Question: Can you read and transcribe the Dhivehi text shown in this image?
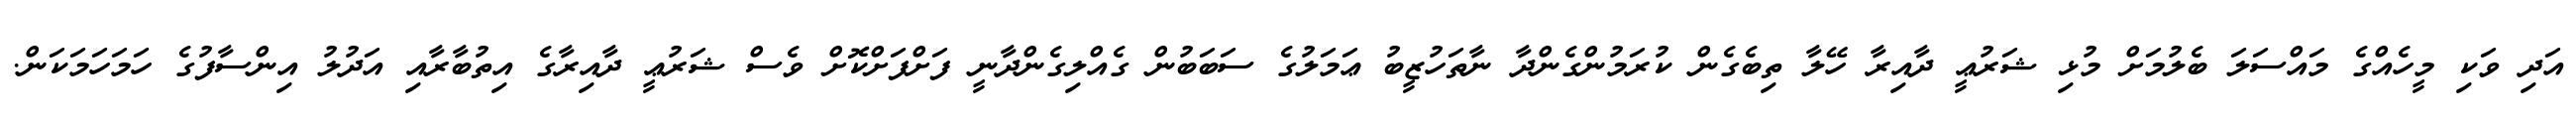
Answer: އަދި ވަކި މީހެއްގެ މައްސަލަ ބެލުމަށް މުޅި ޝަރުޢީ ދާއިރާ ހޭލާ ތިބެގެން ކުރަމުންގެންދާ ނާތަހުޒީބު ޢަމަލުގެ ސަބަބުން ގެއްލިގެންދާނީ ފަށްފަށްކޮށް ވެސް ޝަރުޢީ ދާއިރާގެ އިތުބާރާއި އަދުލު އިންސާފުގެ ހަމަހަމަކަން.